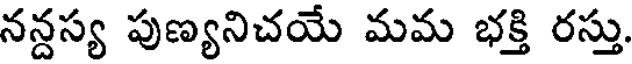
నన్దస్య పుణ్యనిచయే మమ భక్తి రస్తు.